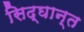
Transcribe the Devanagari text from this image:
सिद्घान्त